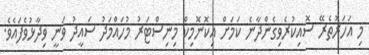
މި އަހަރުތެރޭ ސޮއިކުރެވިގެންދާނެ ކަމަށް އިކޮނޮމިކް މިނިސްޓަރު މުހައްމަދު ސައީދު ވަނީ ވިދާޅުވެފައެވެ.